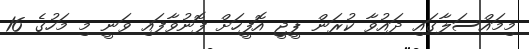
މިމައްސަލާގައި ދައުވާ ކުރަން ޕީޖީ އޮފީހަށް ފޮނުވާފައި ވަނީ މި މަހުގެ 16